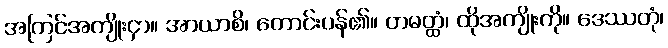
အကြင်အကျိုးငှာ။ အာယာစိ၊ တောင်းပန်၏။ တမတ္ထံ၊ ထိုအကျိုးကို။ ဒေဿတုံ၊